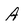
Character: A